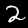
Label: 2